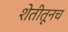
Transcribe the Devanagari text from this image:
शेतीतूनच